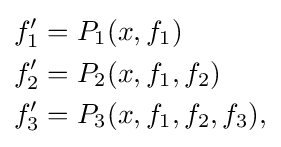
{\begin{aligned}f_{1}^{\prime }&=P_{1}(x,f_{1})\\f_{2}^{\prime }&=P_{2}(x,f_{1},f_{2})\\f_{3}^{\prime }&=P_{3}(x,f_{1},f_{2},f_{3}),\end{aligned}}